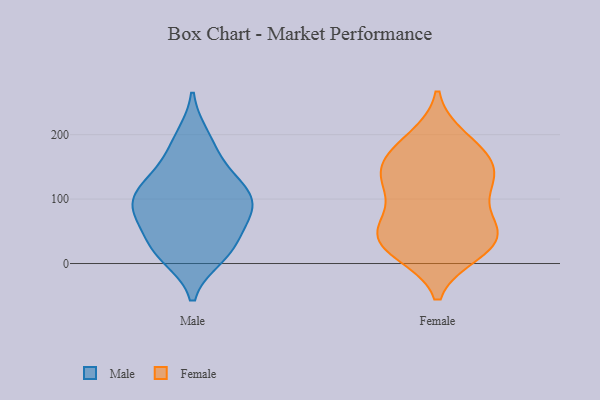
{"axis": {"x": "Bounce Rate (%)", "y": "Value"}, "legend": ["Female", "Male"], "data": [{"x": "", "y": 93, "type": "Male"}, {"x": "", "y": 136, "type": "Male"}, {"x": "", "y": 67, "type": "Male"}, {"x": "", "y": 12, "type": "Male"}, {"x": "", "y": 72, "type": "Male"}, {"x": "", "y": 109, "type": "Male"}, {"x": "", "y": 196, "type": "Male"}, {"x": "", "y": 83, "type": "Male"}, {"x": "", "y": 24, "type": "Male"}, {"x": "", "y": 179, "type": "Male"}, {"x": "", "y": 21, "type": "Male"}, {"x": "", "y": 25, "type": "Male"}, {"x": "", "y": 107, "type": "Male"}, {"x": "", "y": 94, "type": "Male"}, {"x": "", "y": 134, "type": "Male"}, {"x": "", "y": 65, "type": "Female"}, {"x": "", "y": 157, "type": "Female"}, {"x": "", "y": 127, "type": "Female"}, {"x": "", "y": 16, "type": "Female"}, {"x": "", "y": 122, "type": "Female"}, {"x": "", "y": 166, "type": "Female"}, {"x": "", "y": 195, "type": "Female"}, {"x": "", "y": 25, "type": "Female"}, {"x": "", "y": 45, "type": "Female"}, {"x": "", "y": 56, "type": "Female"}, {"x": "", "y": 191, "type": "Female"}, {"x": "", "y": 109, "type": "Female"}, {"x": "", "y": 158, "type": "Female"}, {"x": "", "y": 57, "type": "Female"}, {"x": "", "y": 24, "type": "Female"}, {"x": "", "y": 53, "type": "Female"}, {"x": "", "y": 146, "type": "Female"}, {"x": "", "y": 20, "type": "Female"}, {"x": "", "y": 124, "type": "Female"}]}